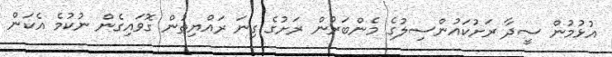
އުޅުމުން ސީދާ ރަށުކައުންސިލުގެ މެންބަރުން ރަށުގެ ގިނަ ރައްޔިތުން ގޮވައިގެން ނުކުމެ އެކަން